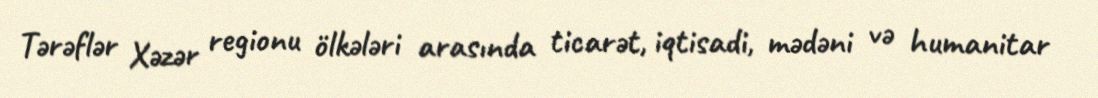
Tərəflər Xəzər regionu ölkələri arasında ticarət, iqtisadi, mədəni və humanitar